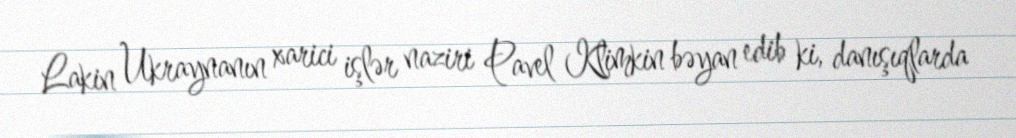
Lakin Ukraynanın xarici işlər naziri Pavel Klimkin bəyan edib ki, danışıqlarda